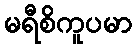
မရီစိကူပမာ